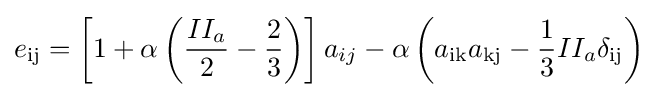
e_{\rm {ij}}=\left[1+\alpha \left({\frac {II_{a}}{2}}-{\frac {2}{3}}\right)\right]a_{ij}-\alpha \left(a_{\rm {ik}}a_{\rm {kj}}-{\frac {1}{3}}II_{a}\delta _{\rm {ij}}\right)